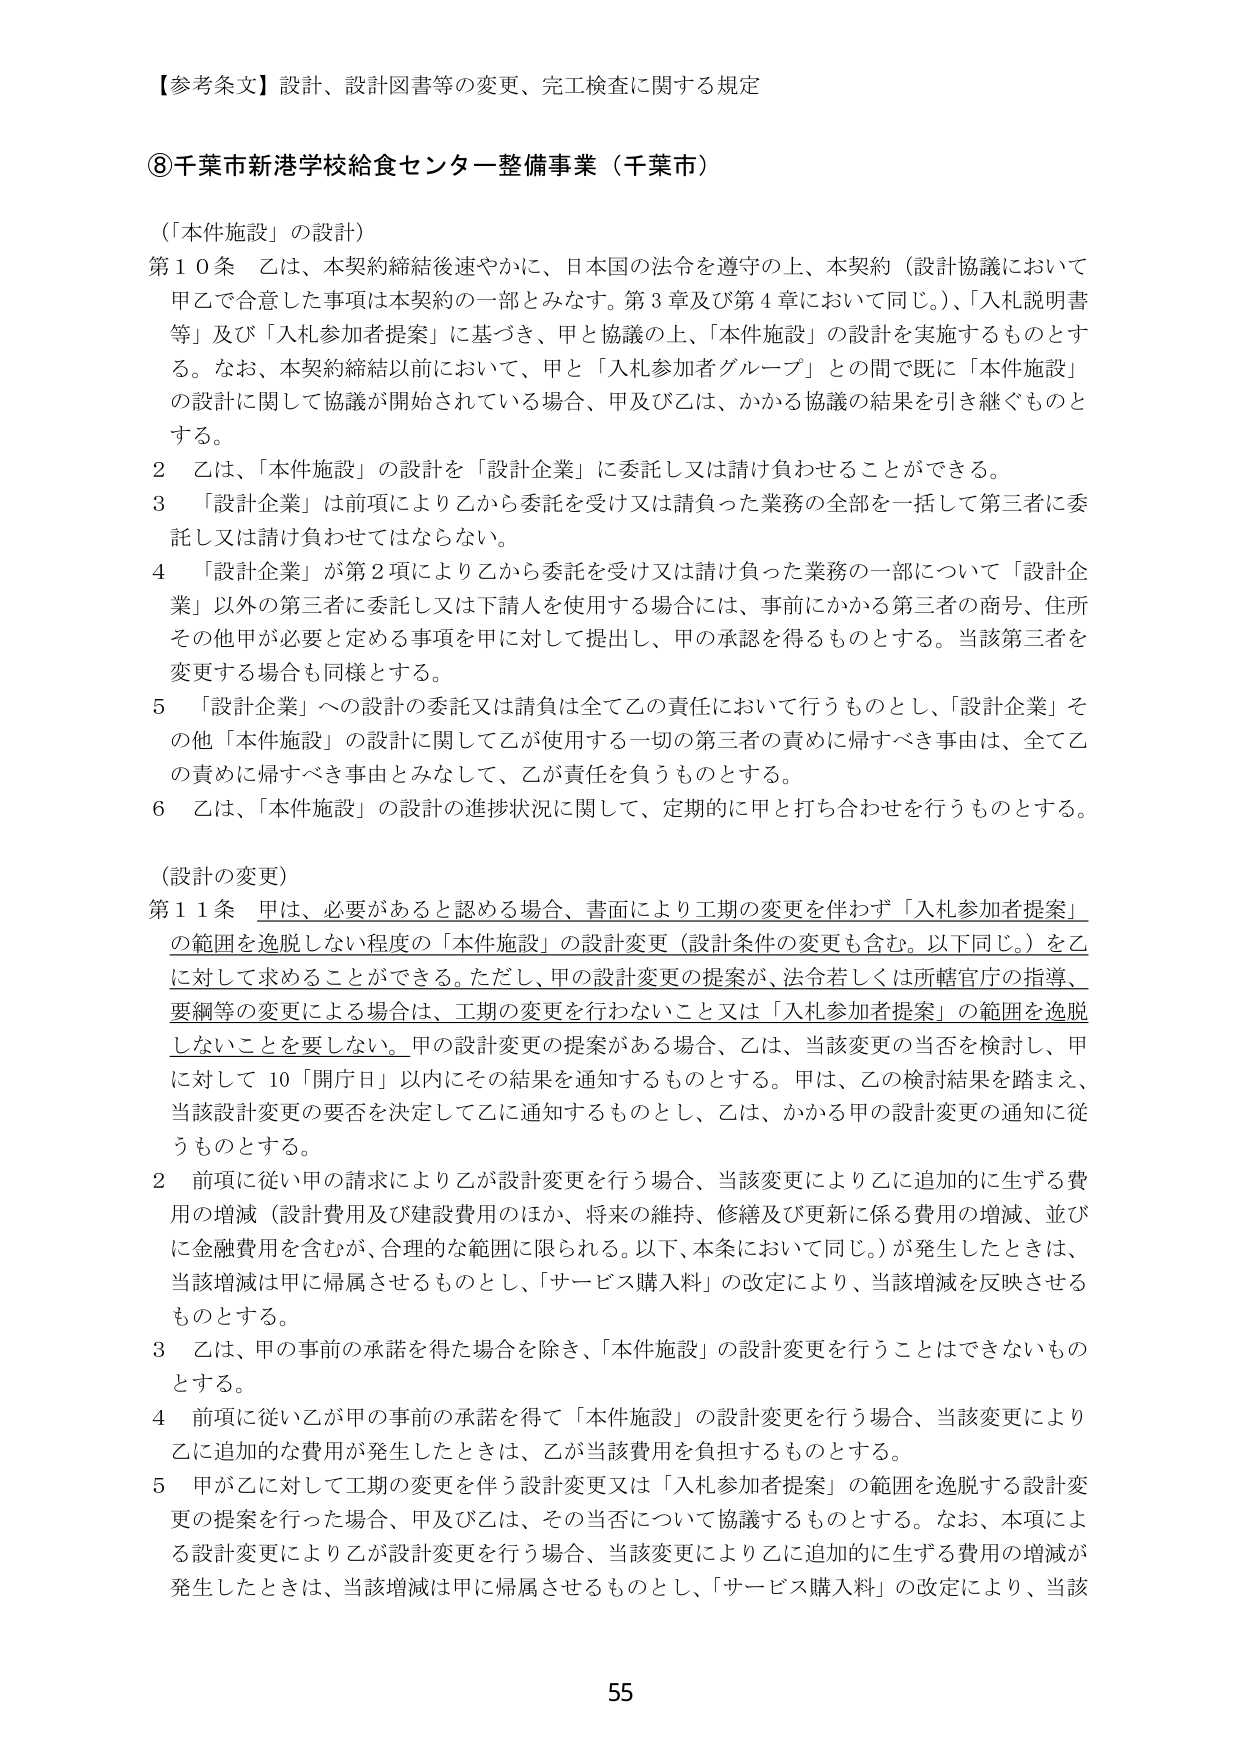
【参考条文】設計、設計図書等の変更、完工検査に関する規定

⑧千葉市新港学校給食センター整備事業（千葉市）

（「本件施設」の設計）

第10条 乙は、本契約締結後速やかに、日本国の法令を遵守の上、本契約（設計協議において甲乙で合意した事項は本契約の一部とみなす。第3章及び第4章において同じ。）、「入札説明書等」及び「入札参加者提案」に基づき、甲と協議の上、「本件施設」の設計を実施するものとする。なお、本契約締結以前において、甲と「入札参加者グループ」との間で既に「本件施設」の設計に関して協議が開始されている場合、甲及び乙は、かかる協議の結果を引き継ぐものとする。

2 乙は、「本件施設」の設計を「設計企業」に委託し又は請け負わせることができる。

3 「設計企業」は前項により乙から委託を受け又は請負った業務の全部を一括して第三者に委託し又は請け負わせてはならない。

4 「設計企業」が第2項により乙から委託を受け又は請け負った業務の一部について「設計企業」以外の第三者に委託し又は下請人を使用する場合には、事前にかかる第三者の商号、住所その他甲が必要と定める事項を甲に対して提出し、甲の承認を得るものとする。当該第三者を変更する場合も同様とする。

5 「設計企業」への設計の委託又は請負は全て乙の責任において行うものとし、「設計企業」その他「本件施設」の設計に関して乙が使用する一切の第三者の責めに帰すべき事由は、全て乙の責めに帰すべき事由とみなして、乙が責任を負うものとする。

6 乙は、「本件施設」の設計の進捗状況に関して、定期的に甲と打ち合わせを行うものとする。

（設計の変更）

第11条 甲は、必要があると認める場合、書面により工期の変更を伴わず「入札参加者提案」の範囲を逸脱しない程度の「本件施設」の設計変更（設計条件の変更も含む。以下同じ。）を乙に対して求めることができる。ただし、甲の設計変更の提案が、法令若しくは所轄官庁の指導、要綱等の変更による場合は、工期の変更を行わないこと又は「入札参加者提案」の範囲を逸脱しないことを要しない。甲の設計変更の提案がある場合、乙は、当該変更の当否を検討し、甲に対して10「開庁日」以内にその結果を通知するものとする。甲は、乙の検討結果を踏まえ、当該設計変更の要否を決定して乙に通知するものとし、乙は、かかる甲の設計変更の通知に従うものとする。

2 前項に従い甲の請求により乙が設計変更を行う場合、当該変更により乙に追加的に生ずる費用の増減（設計費用及び建設費用のほか、将来の維持、修繕及び更新に係る費用の増減、並びに金融費用を含むが、合理的な範囲に限られる。以下、本条において同じ。）が発生したときは、当該増減は甲に帰属させるものとし、「サービス購入料」の改定により、当該増減を反映させるものとする。

3 乙は、甲の事前の承諾を得た場合を除き、「本件施設」の設計変更を行うことはできないものとする。

4 前項に従い乙が甲の事前の承諾を得て「本件施設」の設計変更を行う場合、当該変更により乙に追加的な費用が発生したときは、乙が当該費用を負担するものとする。

5 甲が乙に対して工期の変更を伴う設計変更又は「入札参加者提案」の範囲を逸脱する設計変更の提案を行った場合、甲及び乙は、その当否について協議するものとする。なお、本項による設計変更により乙が設計変更を行う場合、当該変更により乙に追加的に生ずる費用の増減が発生したときは、当該増減は甲に帰属させるものとし、「サービス購入料」の改定により、当該

55